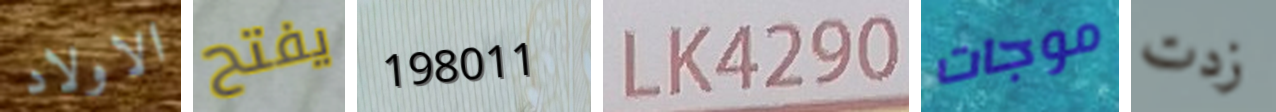
الاولاد يفتح 198011 LK4290 موجات زدت